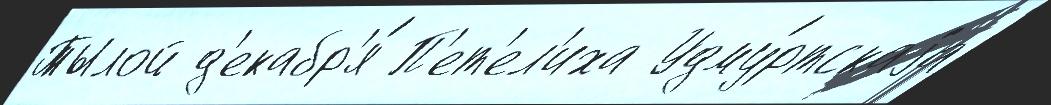
Тылой д'екабр'я́ П'ет'ел'иха Удму́ртскаjа